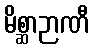
မိစ္ဆာဉာဏီ